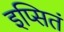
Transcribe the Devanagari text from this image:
इप्सितं